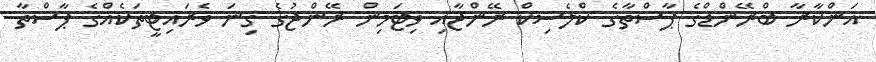
އަންކާރާ ބްރޭންޑްގެ ޕާސްތާގެ ކްލެސިކް ރޭންޖާއި ވިޓަމިން ރޭންޖުގެ ގިނަ ވެރައިޓީތަކެއްގެ ޕާސްތާ